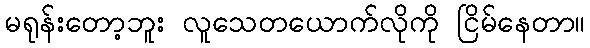
မရုန်းတော့ဘူး လူသေတယောက်လိုကို ငြိမ်နေတာ။